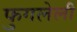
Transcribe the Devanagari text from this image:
फुगलेली